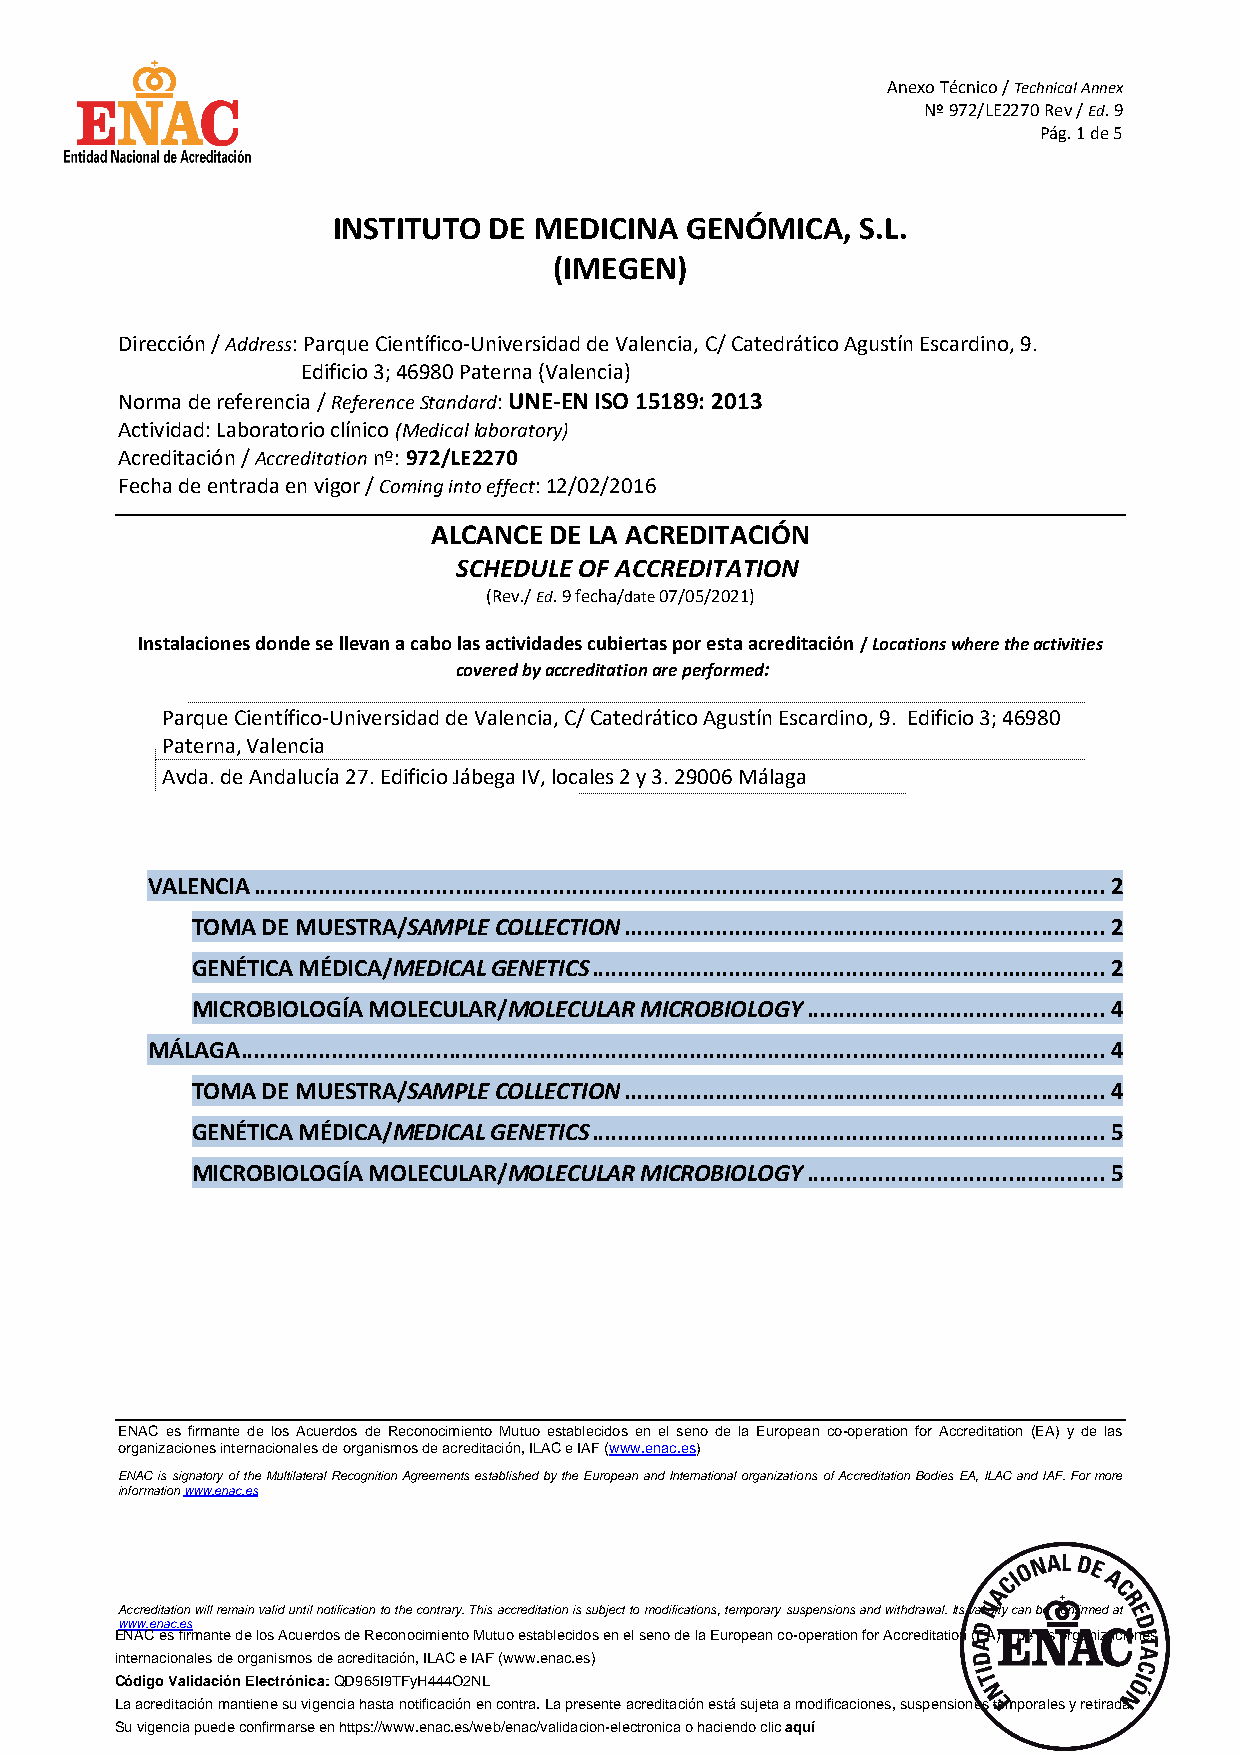
Anexo Técnico / Technical Annex
 Nº 972/LE2270 Rev / Ed. 9
 Pág. 1 de 5
 INSTITUTO DE MEDICINA  GENÓMICA,   S.L.
 (IMEGEN)
 Dirección / Address: Parque Científico-Universidad de Valencia, C/ Catedrático Agustín Escardino, 9.
 Edificio 3; 46980 Paterna (Valencia)
 Norma de referencia / Reference Standard: UNE-EN ISO 15189: 2013
 Actividad: Laboratorio clínico (Medical laboratory)
 Acreditación / Accreditation nº: 972/LE2270
 Fecha de entrada en vigor / Coming into effect: 12/02/2016
 ALCANCE DE LA ACREDITACIÓN
 SCHEDULE OF ACCREDITATION
 (Rev./ Ed. 9 fecha/date 07/05/2021)
 Instalaciones donde se llevan a cabo las actividades cubiertas por esta acreditación / Locations where the activities
 covered by accreditation are performed:
 Parque Científico-Universidad de Valencia, C/ Catedrático Agustín Escardino, 9. Edificio 3; 46980
 Paterna, Valencia
 Avda. de Andalucía 27. Edificio Jábega IV, locales 2 y 3. 29006 Málaga
 VALENCIA ................................................................................................................................... 2
 TOMA DE MUESTRA/SAMPLE COLLECTION .......................................................................... 2
 GENÉTICA MÉDICA/MEDICAL GENETICS ............................................................................... 2
 MICROBIOLOGÍA MOLECULAR/MOLECULAR MICROBIOLOGY .............................................. 4
 MÁLAGA ..................................................................................................................................... 4
 TOMA DE MUESTRA/SAMPLE COLLECTION .......................................................................... 4
 GENÉTICA MÉDICA/MEDICAL GENETICS ............................................................................... 5
 MICROBIOLOGÍA MOLECULAR/MOLECULAR MICROBIOLOGY .............................................. 5
 ENAC es firmante de los Acuerdos de Reconocimiento Mutuo establecidos en el seno de la European co-operation for Accreditation (EA) y de las
 organizaciones internacionales de organismos de acreditación, ILAC e IAF (www.enac.es)
 ENAC is signatory of the Multilateral Recognition Agreements established by the European and International organizations of Accreditation Bodies EA, ILAC and IAF. For more
 information www.enac.es
 Accreditation will remain valid until notification to the contrary. This accreditation is subject to modifications, temporary suspensions and withdrawal. Its validity can be confirmed at
 www.enac.es
 ENAC es firmante de los Acuerdos de Reconocimiento Mutuo establecidos en el seno de la European co-operation for Accreditation (EA) y de las organizaciones
 internacionales de organismos de acreditación, ILAC e IAF (www.enac.es)
 Código Validación Electrónica: QD965I9TFyH444O2NL
 La acreditación mantiene su vigencia hasta notificación en contra. La presente acreditación está sujeta a modificaciones, suspensiones temporales y retirada.
 Su vigencia puede confirmarse en https://www.enac.es/web/enac/validacion-electronica o haciendo clic aquí